Subject: physics
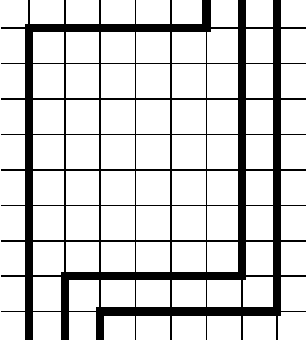
LaTeX code:
\begin{tikzpicture}[scale=.45]
\draw [semithick] (0.2,1)--(8.8,1);
\draw [semithick] (0.2,2)--(8.8,2);
\draw [semithick] (0.2,3)--(8.8,3);
\draw [semithick] (0.2,4)--(8.8,4);
\draw [semithick] (0.2,5)--(8.8,5);
\draw [semithick] (0.2,6)--(8.8,6);
\draw [semithick] (0.2,7)--(8.8,7);
\draw [semithick] (0.2,8)--(8.8,8);
\draw [semithick] (0.2,9)--(8.8,9);
\draw [semithick] (1,0.2)--(1,9.8);
\draw [semithick] (2,0.2)--(2,9.8);
\draw [semithick] (3,0.2)--(3,9.8);
\draw [semithick] (4,0.2)--(4,9.8);
\draw [semithick] (5,0.2)--(5,9.8);
\draw [semithick] (6,0.2)--(6,9.8);
\draw [semithick] (7,0.2)--(7,9.8);
\draw [semithick] (8,0.2)--(8,9.8);
\draw [line width=3] (1,0.2)--(1,9)--(6,9)--(6,9.8);
\draw [line width=3] (2,0.2)--(2,2)--(7,2)--(7,9.8);
\draw [line width=3] (3,0.2)--(3,1)--(8,1)--(8,9.8);
\end{tikzpicture}